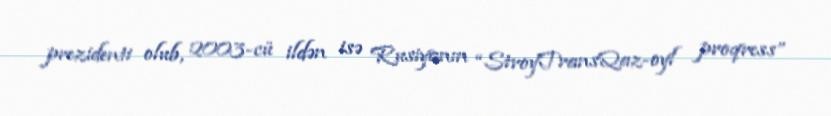
prezidenti olub, 2003-cü ildən isə Rusiyanın “StroyTransQaz-oyl proqress”